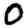
Digit: 0